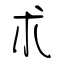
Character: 朮